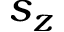
s _ { z }